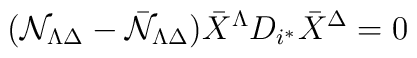
({\cal N}_{\Lambda\Delta} - {\bar{\cal N}}_{\Lambda\Delta}){\bar X}^\Lambda D_{i^*} {\bar X}^\Delta = 0